Civil Veterinary Department. Madras. Admin. report 1910-25 - 1910-1925
Year: 1910
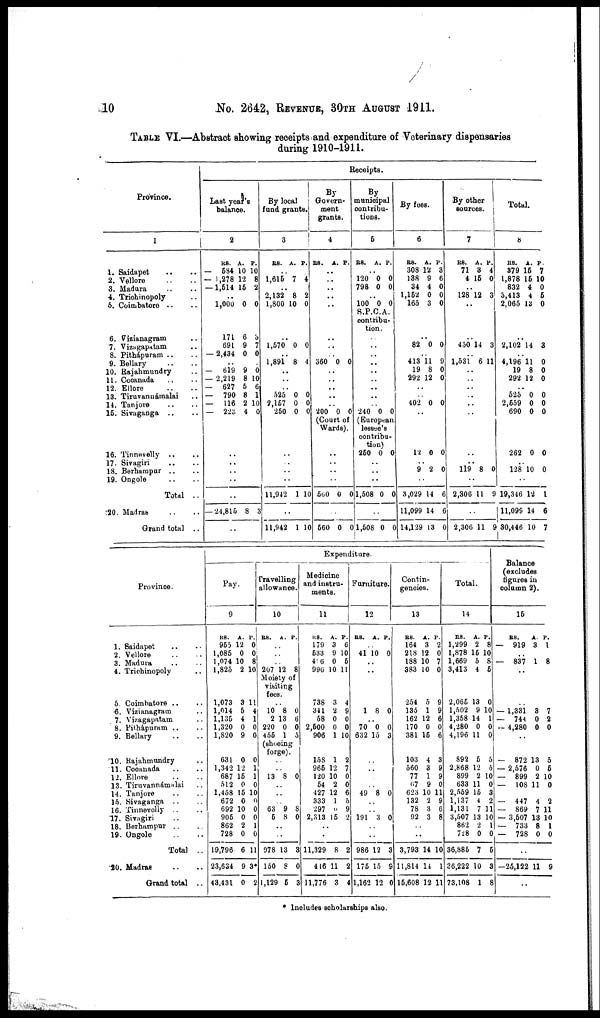
10
No. 2642, REVENUE, 30TH AUGUST 1911.
TABLE VI.—Abstract allowing receipts and expenditure of Veterinary dispensaries
during 1910-1911.
Province.
1
1. Saidapet .. ..
2. Vellore .. ..
3. Madura .. ..
4. Trichinopoly ..
5. Coimbatore .. ..
6. Vizianagram ..
7. Vizagapatam ..
8. Pithápuram .. ..
9. Bellary .. ..
10. Rajahmundry ..
11. Cocanada .. ..
12. Ellore .. ..
13. Tiruvannámalai
14. Tanjore .. ..
15. Sivaganga .. ..
16. Tinnevelly .. ..
17. Sivagiri .. ..
18. Berhampur .. ..
19. Ongole .. ..
Total ..
20. Madras .. ..
Grand total ..
Receipts.
Last year's
balance.
2
Rs.
— 584
— 1,278
— 1,514
..
1,000
171
691
— 2,434
..
— 619
— 2,219
— 627
— 790
— 116
— 223
..
..
..
..
..
— 24,815
..
A.
10
12
15
0
6
9
0
9
8
5
8
2
4
8
P.
10
8
2
0
3
7
0
0
10
6
1
10
0
3
By local
fund grants.
3
Rs.
..
1,615
..
2,132
1,800
..
1,570
1,891
..
..
..
525
2,157
250
..
..
..
..
11,942
..
11,942
A.
7
8
10
0
8
0
0
0
1
1
P.
4
2
0
0
4
0
0
0
10
10
By
Govern-
ment
grants.
4
Rs.
..
..
..
..
..
..
..
360
..
..
.
..
200
A.
0
.
..
0
P.
0
0
(Court of
Wards).
..
..
..
..
560
..
560
0
0
0
0
By
municipal
contribu-
tion.
5
Rs.
120
798
..
100
A.
0
0
P.
0
0
S.P.C.A.
contribu-
tion.
..
..
..
..
..
..
..
..
..
240 0 0
(European
lessee's
contribu-
tion)
250
..
..
..
1,508
..
1,508
0
0
0
0
0
0
By fees.
6
Rs.
308
138
34
1,152
165
.
82
413 11
19
292
..
402
..
12
..
9
..
3,029
11,099
14,129
A.
12
9
4
0
3
.
0
8
12
0
0
2
14
14
13
P.
3
6
0
0
0
0
9
0
0
0
0
0
6
6
0
By other
sources.
7
Rs.
71
4
..
128
..
..
450
1,531
..
..
..
..
..
..
..
119
..
2,306
..
2,306
A.
3
15
12
14
6
8
11
11
P.
4
0
3
3
11
0
9
9
Total.
8
Rs.
379
1,878
832
3,413
2,065
..
2,102
4,196
19
292
..
525
2,559
690
262
..
128
..
19,346
11,099
30,446
A.
15
15
4
4
13
14
11
8
12
0
0
0
0
10
12
14
10
P.
7
10
0
5
0
3
0
0
0
0
0
0
0
0
1
6
7
Province.
1. Saidapet .. ..
2. Vellore .. ..
3. Madura .. ..
4. Trichinopoly .. ..
5. Coimbatore .. ..
6. Vizianagram ..
7. Vizagapatam ..
8. Pithápuram .. ..
9. Bellary .. ..
10. Rajahmundry ..
11. Cocanada .. ..
12. Ellore .. ..
13. Tiruvannámalai ..
14. Tanjore .. ..
15. Sivaganga .. ..
16. Tinnevelly .. ..
17. Sivagiri ..
18. Berhampur .. ..
19. Ongole .. ..
Total ..
20. Madras ... ...
Grand total ..
Pay
. 9
RS.
955
1,085
1,074
1,825
A.
12
0
10
2
P.
0
0
8
10
1,073
1,014
1,135
1,320
1,820
631
1,342
687
512
1,458
672
692
905
862
728
19,796
23,634
43,431
3
5
4
0
9
0
12
15
0
15
0
10
0
2
0
6
9
0
11
4
1
0
0
0
1
1
0
10
0
0
0
1
0
11
3*
2
Expenditure.
Travelling
allowance.
10
Rs.
..
..
..
207
A.
12
P.
8
Moiety of
visiting
fees.
10
2
220
455
..
8
13
0
1
0
6
0
5
(shoeing
forge).
..
..
13
..
..
..
63
5
..
..
978
150
1,129
8
9
8
13
8
5
0
8
0
3
0
3
Medicine
and instruments.
11
Rs.
179
533
4:6
996
A.
3
9
0
10
P.
6
10
5
11
738
341
58
2,500
906
158
965
120
54
427
333
297
2,313
..
..
11,329
446
11,776
3
2
0
0
1
1
12
10
2
12
1
0
15
8
11
3
4
9
0
0
10
2
7
0
0
6
5
9
2
2
2
4
Furniture.
12
Rs.
..
41
..
..
A.
10
p.
0
1
.
70
632
..
..
..
..
49
..
..
191
..
..
986
175
1,162
8
.
0
15
8
3
12
15
12
0
0
3
0
0
3
9
0
Contin-
-----es.
13
Rs.
164
218
188
383
A.
3
12
10
10
p.
2
0
7
0
254
135
162
170
381
103
560
77
67
623
132
78
92
..
..
3,793
11,814
15,608
5
1
12
0
15
4
3
1
9
10
2
3
3
14
14
12
9
9
6
0
6
3
9
9
0
11
9
6
8
10
1
11
Total.
14
Rs.
1,299
1,878
1,669
3,413
A.
2
15
5
4
p.
8
10
8
5
2,065
1,502
1,358
4,280
4,196
892
2.868
899
633
2,559
1,137
1,131
3,507
862
728
36,885
36,222
73,108
13
9
14
0
11
5
12
2
11
15
4
7
13
2
0
7
10
1
0
10
1
0
0
5
5
10
0
3
2
11
10
1
0
5
3
8
Balance
(excludes
figures in
column 2)
15
Rs.
— 919
..
— 837
..
A.
3
1
p.
1
8
— 1,331
— 744
— 4,280
— 872
— 2,576
— 899
— 108
..
— 447
— 869
— 3,507
— 733
— 728
..
—25,122
..
3
0
0
13
0
2
11
4
7
13
8
0
11
7
2
0
5
5
10
0
2
11
10
1
0
9
* Includes scholarships also.